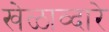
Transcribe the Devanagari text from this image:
खेळाव्दारे